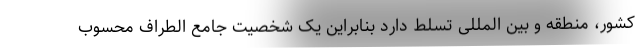
کشور، منطقه و بین المللی تسلط دارد بنابراین یک شخصیت جامع الطراف محسوب